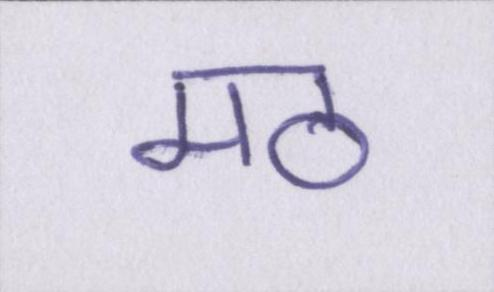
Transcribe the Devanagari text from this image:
मठ